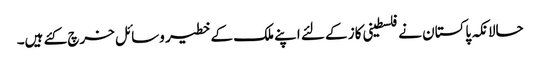
حالانکہ پاکستان نے فلسطینی کاز کے لئے اپنے ملک کے خطیر وسائل خرچ کئے ہیں۔